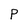
Character: P